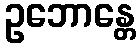
ဥဘောန္တေ